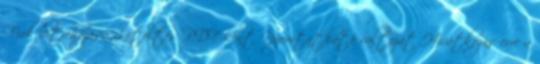
Fiók létrehozása Letöltés PDF-ként Nyomtatható változat Hivatkozás erre a